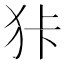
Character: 𱭶